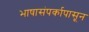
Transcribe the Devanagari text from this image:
भाषासंपर्कापासून